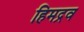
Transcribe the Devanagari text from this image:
हिमद्रव